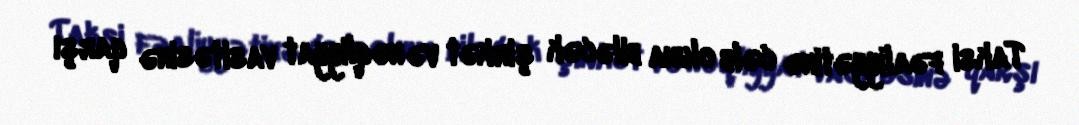
Taksi fəaliyyətinə cəlb oluna biləcək şirkət və nəqliyyat vasitəsinə qarşı